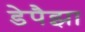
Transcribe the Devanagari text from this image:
डेपैझा